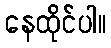
နေထိုင်ပါ။